Annual report of the Civil Veterinary Department, Bengal, for the year 1897-98 - 1897-1898
Year: 1897
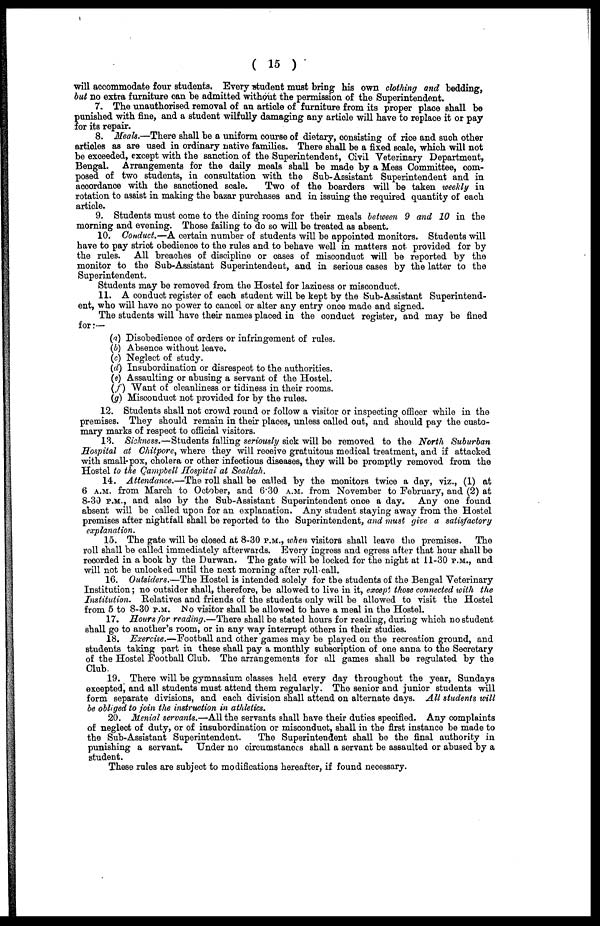
( 15 )
will accommodate four students. Every student must bring his own clothing and bedding,
but no extra furniture can be admitted without the permission of the Superintendent.
7. The unauthorised removal of an article of furniture from its proper place shall be
punished with fine, and a student wilfully damaging any article will have to replace it or pay
for its repair.
8. Meals.—There shall be a uniform course of dietary, consisting of rice and such other
articles as are used in ordinary native families. There shall be a fixed scale, which will not
be exceeded, except with the sanction of the Superintendent, Civil Veterinary Department,
Bengal. Arrangements for the daily meals shall be made by a Mess Committee, com-
posed of two students, in consultation with the Sub-Assistant Superintendent and in
accordance with the sanctioned scale.
Two of the boarders will be taken weekly in
rotation to assist in making the bazar purchases and in issuing the required quantity of each
article.
9. Students must come to the dining rooms for their meals between 9 and 10 in the
morning and evening. Those failing to do so will be treated as absent.
10. Conduct.—A certain number of students will be appointed monitors. Students will
have to pay strict obedience to the rules and to behave well in matters not provided for by
the rules. All breaches of discipline or cases of misconduct will be reported by the
monitor to the Sub-Assistant Superintendent, and in serious cases by the latter to the
Superintendent.
Students may be removed from the Hostel for laziness or misconduct.
11. A conduct register of each student will be kept by the Sub-Assistant Superintend-
ent, who will have no power to cancel or alter any entry once made and signed.
The students will have their names placed in the conduct register, and may be fined
for :—
(a) Disobedience of orders or infringement of rules.
(b) Absence without leave.
(c) Neglect of study.
(d) Insubordination or disrespect to the authorities.
(e) Assaulting or abusing a servant of the Hostel.
(f) Want of cleanliness or tidiness in their rooms.
(g) Misconduct not provided for by the rules.
12. Students shall not crowd round or follow a visitor or inspecting officer while in the
premises. They should remain in their places, unless called out, and should pay the custo-
mary marks of respect to official visitors.
13. Sickness.—Students falling seriously sick will be removed to the North Suburban
Hospital at Chitpore, where they will receive gratuitous medical treatment, and if attacked
with small-pox, cholera or other infectious diseases, they will be promptly removed from the
Hostel to the Campbell Hospital at Sealdah.
14. Attendance.—The roll shall be called by the monitors twice a day, viz., (1) at
6 A.M. from March to October, and 6.30 A.M. from November to February, and (2) at
8-30 P.M., and also by the Sub-Assistant Superintendent once a day. Any one found
absent will be called upon for an explanation. Any student staying away from the Hostel
premises after nightfall shall be reported to the Superintendent, and must give a satisfactory
explanation.
15. The gate will be closed at 8-30 P.M., when visitors shall leave the premises.
The
roll shall be called immediately afterwards. Every ingress and egress after that hour shall be
recorded in a book by the Durwan. The gate will be locked for the night at 11-30 P.M., and
will not be unlocked until the next morning after roll-call.
16. Outsiders.—The Hostel is intended solely for the students of the Bengal Veterinary
Institution ; no outsider shall, therefore, be allowed to live in it, except those connected with the
Institution.
Relatives and friends of the students only will be allowed to visit the Hostel
from 5 to 8-30 P.M. No visitor shall be allowed to have a meal in the Hostel.
17. Hours for reading.—There shall be stated hours for reading, during which no student
shall go to another's room, or in any way interrupt others in their studies.
18. Exercise.—Football and other games may be played on the recreation ground, and
students taking part in these shall pay a monthly subscription of one anna to the Secretary
of the Hostel Football Club. The arrangements for all games shall be regulated by the
Club.
19. There will be gymnasium classes held every day throughout the year, Sundays
excepted, and all students must attend them regularly. The senior and junior students will
form separate divisions, and each division shall attend on alternate days. All students will
be obliged to join the instruction in athletics.
20. Menial servants.—All the servants shall have their duties specified. Any complaints
of neglect of duty, or of insubordination or misconduct, shall in the first instance be made to
the Sub-Assistant Superintendent.
The Superintendent shall be the final authority in
punishing a servant. Under no circumstances shall a servant be assaulted or abused by a
student.
These rules are subject to modifications hereafter, if found necessary.